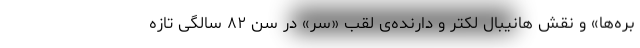
بره‌ها» و نقش هانیبال لکتر و دارنده‌ی لقب «سر» در سن ۸۲ سالگی تازه